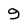
Character: 9